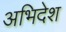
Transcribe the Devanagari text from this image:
अभिदेश